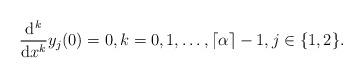
LaTeX: \begin{align*}\frac{\mathrm d^k}{\mathrm dx^k} y_j(0) = 0, k = 0,1,\ldots,\lceil\alpha \rceil-1, j \in \{1,2\}.\end{align*}